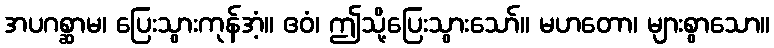
အပဂစ္ဆာမ၊ ပြေးသွားကုန်အံ့။ ဧဝံ၊ ဤသို့ပြေးသွားသော်။ မဟတော၊ များစွာသော။